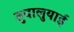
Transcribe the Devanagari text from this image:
तुवालुयाई